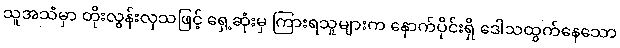
သူအသံမှာ တိုးလွန်းလှသဖြင့် ရှေ့ဆုံးမှ ကြားရသူများက နောက်ပိုင်းရှိ ဒေါသထွက်နေသော